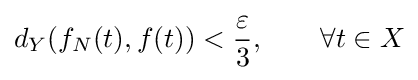
d_{Y}(f_{N}(t),f(t))<{\frac {\varepsilon }{3}},\qquad \forall t\in X